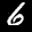
Label: 6